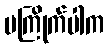
မကြိုက်ပါက